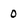
Character: 0